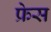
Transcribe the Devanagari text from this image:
फ्रेस